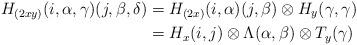
LaTeX: \begin{align*}H_{(2xy)}(i,\alpha,\gamma)(j,\beta,\delta)&=H_{(2x)}(i,\alpha)(j,\beta)\otimes H_{y}(\gamma,\gamma)\\&=H_x(i,j)\otimes \Lambda(\alpha,\beta) \otimes T_{y}(\gamma)\end{align*}